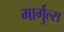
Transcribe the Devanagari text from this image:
मार्गुल्स